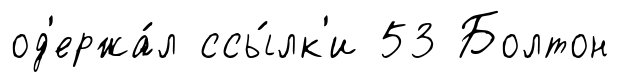
од'ержа́л ссы́лк'и 53 Болтон